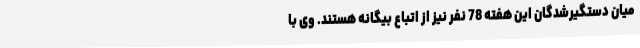
میان دستگیرشدگان این هفته 78 نفر نیز از اتباع بیگانه هستند. وی با